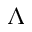
\Lambda